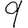
Digit: 9